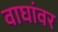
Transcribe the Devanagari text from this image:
वाघांवर